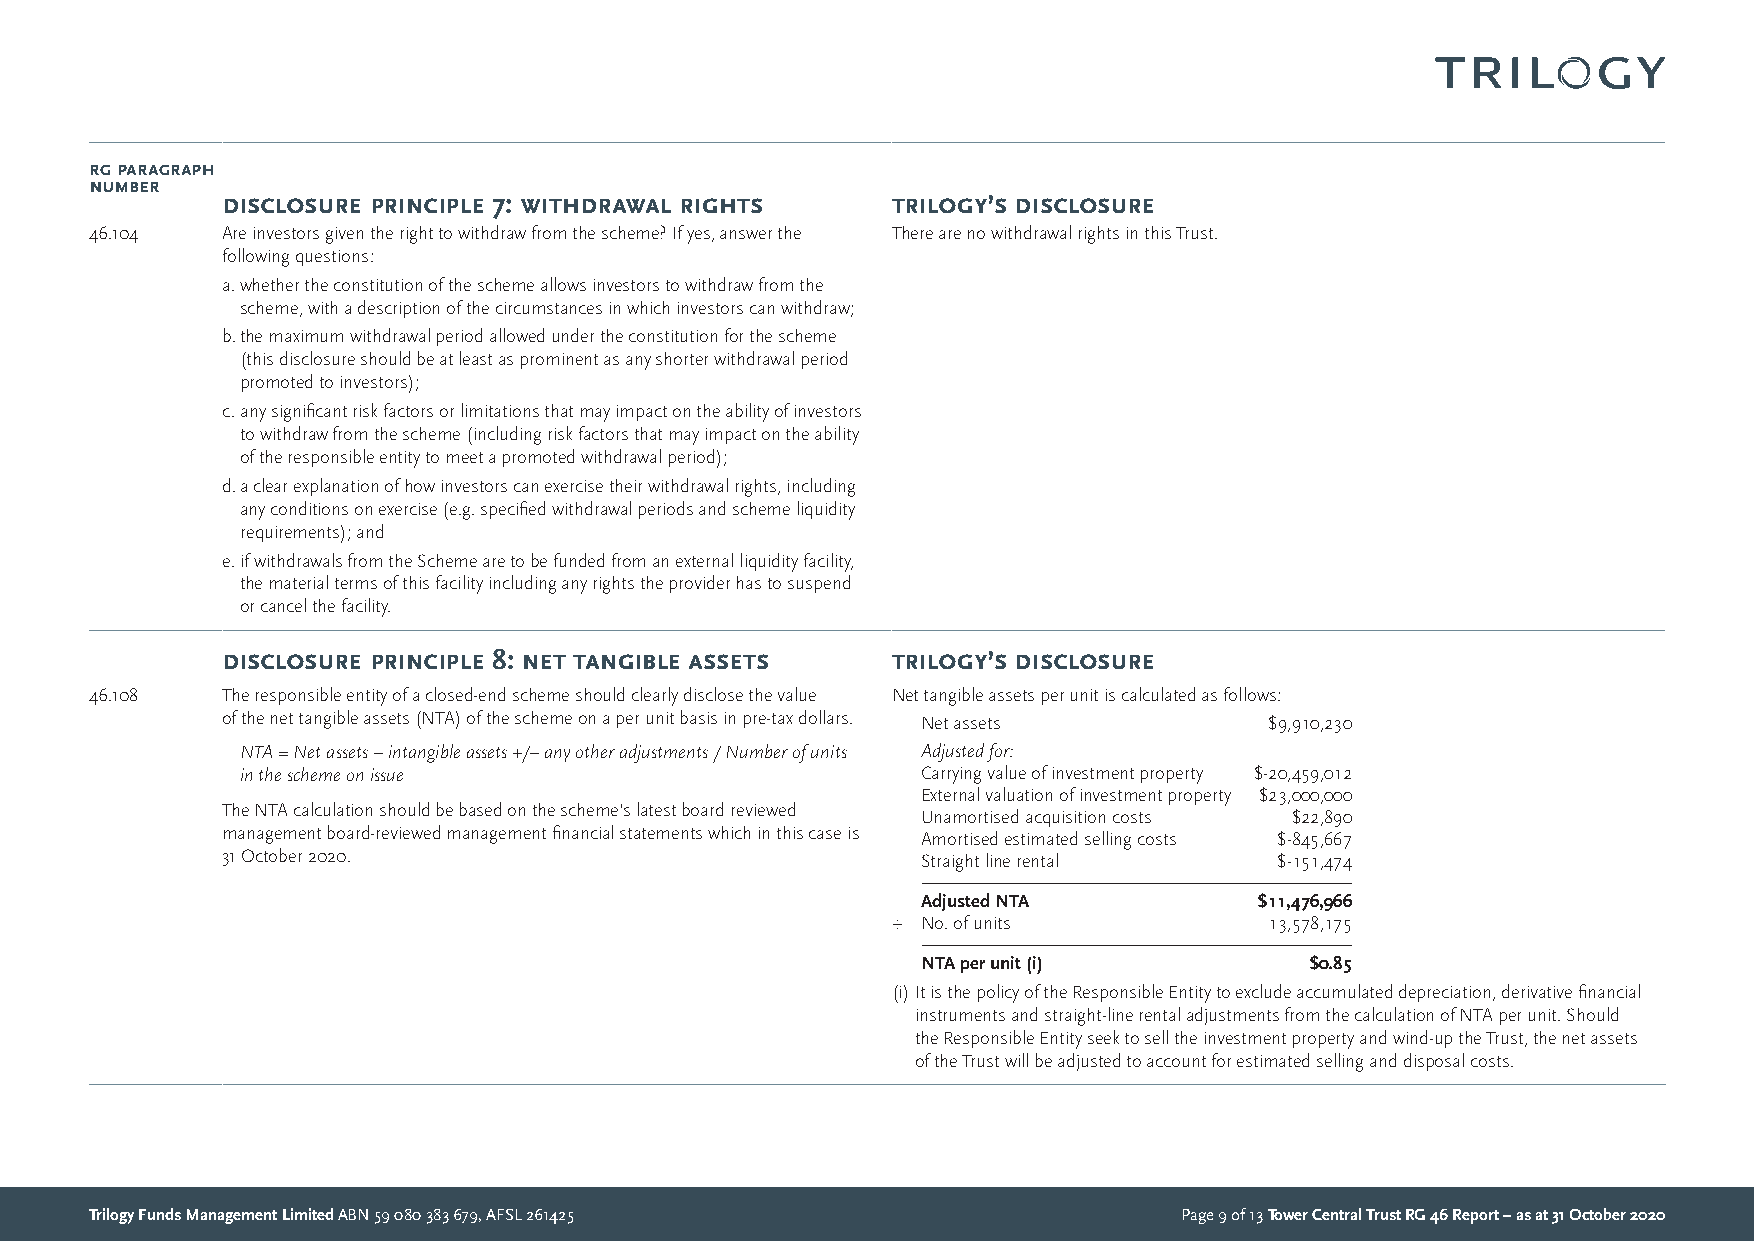
rg ParagraPh
 numBer
 disclosure PrinciPle 7: withdrawal rights   trilogy’s disclosure
 46.104   Are investors given the right to withdraw from the scheme? If yes, answer the There are no withdrawal rights in this Trust.
 following questions:
 a. whether the constitution of the scheme allows investors to withdraw from the
 scheme, with a description of the circumstances in which investors can withdraw;
 b. the maximum withdrawal period allowed under the constitution for the scheme
 (this disclosure should be at least as prominent as any shorter withdrawal period
 promoted to investors);
 c. any significant risk factors or limitations that may impact on the ability of investors
 to withdraw from the scheme (including risk factors that may impact on the ability
 of the responsible entity to meet a promoted withdrawal period);
 d. a clear explanation of how investors can exercise their withdrawal rights, including
 any conditions on exercise (e.g. specified withdrawal periods and scheme liquidity
 requirements); and
 e. if withdrawals from the Scheme are to be funded from an external liquidity facility,
 the material terms of this facility including any rights the provider has to suspend
 or cancel the facility.
 disclosure PrinciPle 8: net tangiBle assets trilogy’s disclosure
 46.108   The responsible entity of a closed-end scheme should clearly disclose the value Net tangible assets per unit is calculated as follows:
 of the net tangible assets (NTA) of the scheme on a per unit basis in pre-tax dollars. Net assets $9,910,230
 N TA = Net assets – intangible assets +/– any other adjustments / Number of units Adjusted for:
 in the scheme on issue                       Carrying value of investment property $-20,459,012
 External valuation of investment property $23,000,000
 The NTA calculation should be based on the scheme’s latest board reviewed
 Unamortised acquisition costs $22,890
 management board-reviewed management financial statements which in this case is Amortised estimated selling costs $-845,667
 31 October 2020.                              Straight line rental    $-151,474
 Adjusted NTA          $11,476,966
 ÷ No. of units           13,578,175
 NTA per unit (i)          $0.85
 (i) It is the policy of the Responsible Entity to exclude accumulated depreciation, derivative financial
 instruments and straight-line rental adjustments from the calculation of NTA per unit. Should
 the Responsible Entity seek to sell the investment property and wind-up the Trust, the net assets
 of the Trust will be adjusted to account for estimated selling and disposal costs.
 Trilogy Funds Management Limited ABN 59 080 383 679, AFSL 261425        Page 9 of 13 Tower Central Trust RG 46 Report – as at 31 October 2020